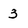
Character: 3